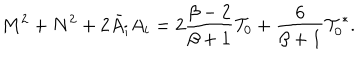
LaTeX: M ^ { 2 } + N ^ { 2 } + 2 \bar { A } _ { i } A _ { i } = 2 { \frac { \beta - 2 } { \beta + 1 } } { \cal T } _ { 0 } + { \frac { 6 } { \beta + 1 } } { \cal T } _ { 0 } ^ { * } .